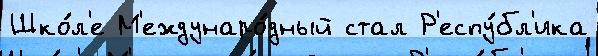
Шко́л'е М'еждунаро́дный стал Р'еспу́бл'ика